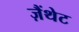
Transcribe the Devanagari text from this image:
ज़ैंथेट